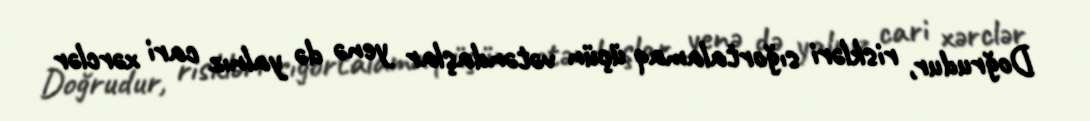
Doğrudur, riskləri sığortalamaq üçün vətəndaşlar yenə də yalnız cari xərclər